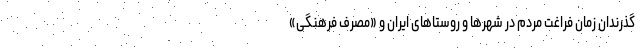
گذرندان زمان فراغت مردم در شهرها و روستاهای ایران و «مصرف فرهنگی»